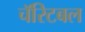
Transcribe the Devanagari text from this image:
चॅरिटबल